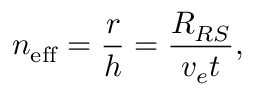
n _ { \mathrm { e f f } } = \frac { r } { h } = \frac { R _ { R S } } { v _ { e } t } ,